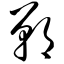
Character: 郸